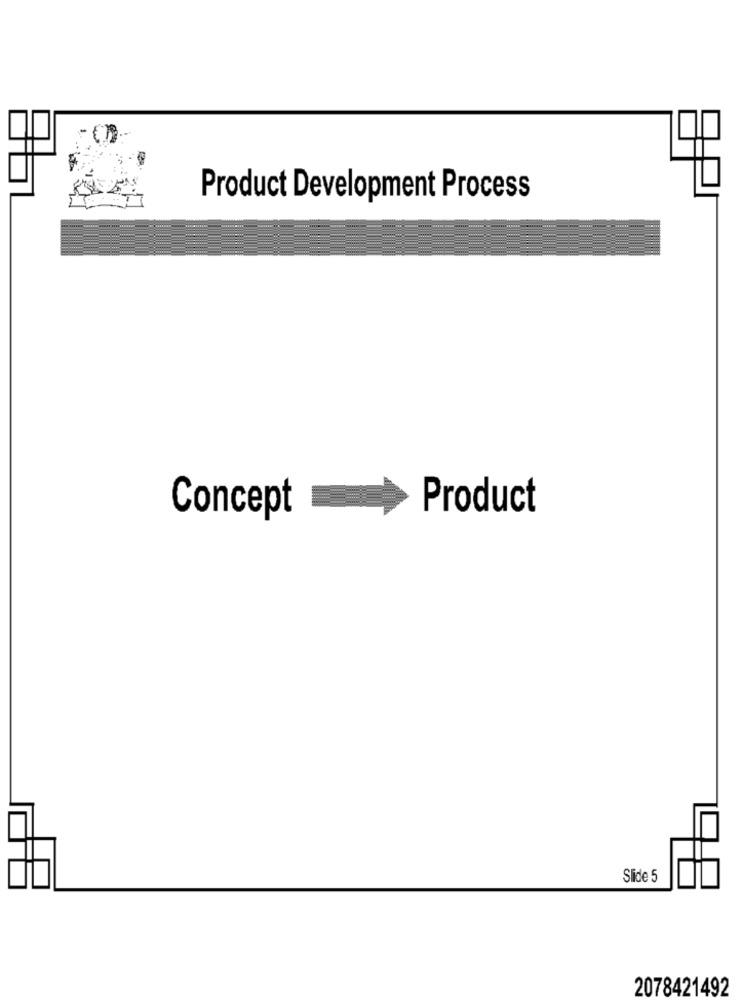
Product Development Process
Product
Concept
Slide 5
2078421492